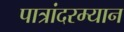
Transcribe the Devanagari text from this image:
पात्रांदरम्यान